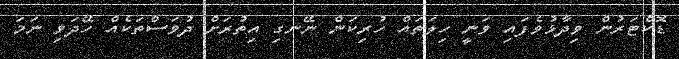
ޑޮކްޓަރުން ވިދާޅުވެފައި ވަނީ ހިލަތައް ހުރިކަން ނޭނގި އިތުރަށް ދުވަސްތަކެއް ހޭދަވި ނަމަ